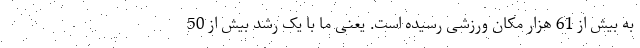
به بیش از 61 هزار مکان ورزشی رسیده است. یعنی ما با یک رشد بیش از 50